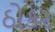
ઠોકર